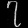
Digit: ၇